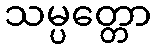
သမ္ပတ္တော